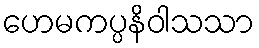
ဟေမကပ္ပနိဝါသသာ